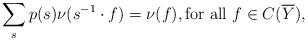
LaTeX: \begin{align*}\sum_{s} p(s) \nu(s^{-1} \cdot f) = \nu(f), \textrm{for all $f \in C(\overline{Y})$},\end{align*}